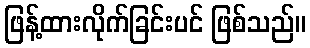
ဖြန့်ထားလိုက်ခြင်းပင် ဖြစ်သည်။